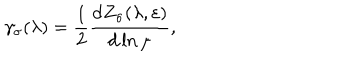
LaTeX: \gamma _ { \sigma } ( \lambda ) = \frac { 1 } { 2 } \frac { \mathrm { d } Z _ { \sigma } ( \lambda , \varepsilon ) } { \mathrm { d } \ln \mu } ,